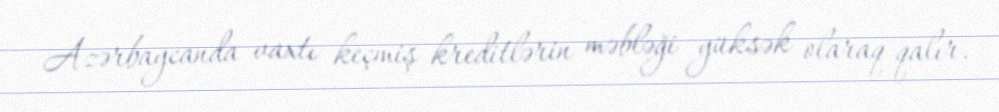
Azərbaycanda vaxtı keçmiş kreditlərin məbləği yüksək olaraq qalır.